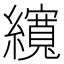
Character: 𦆼